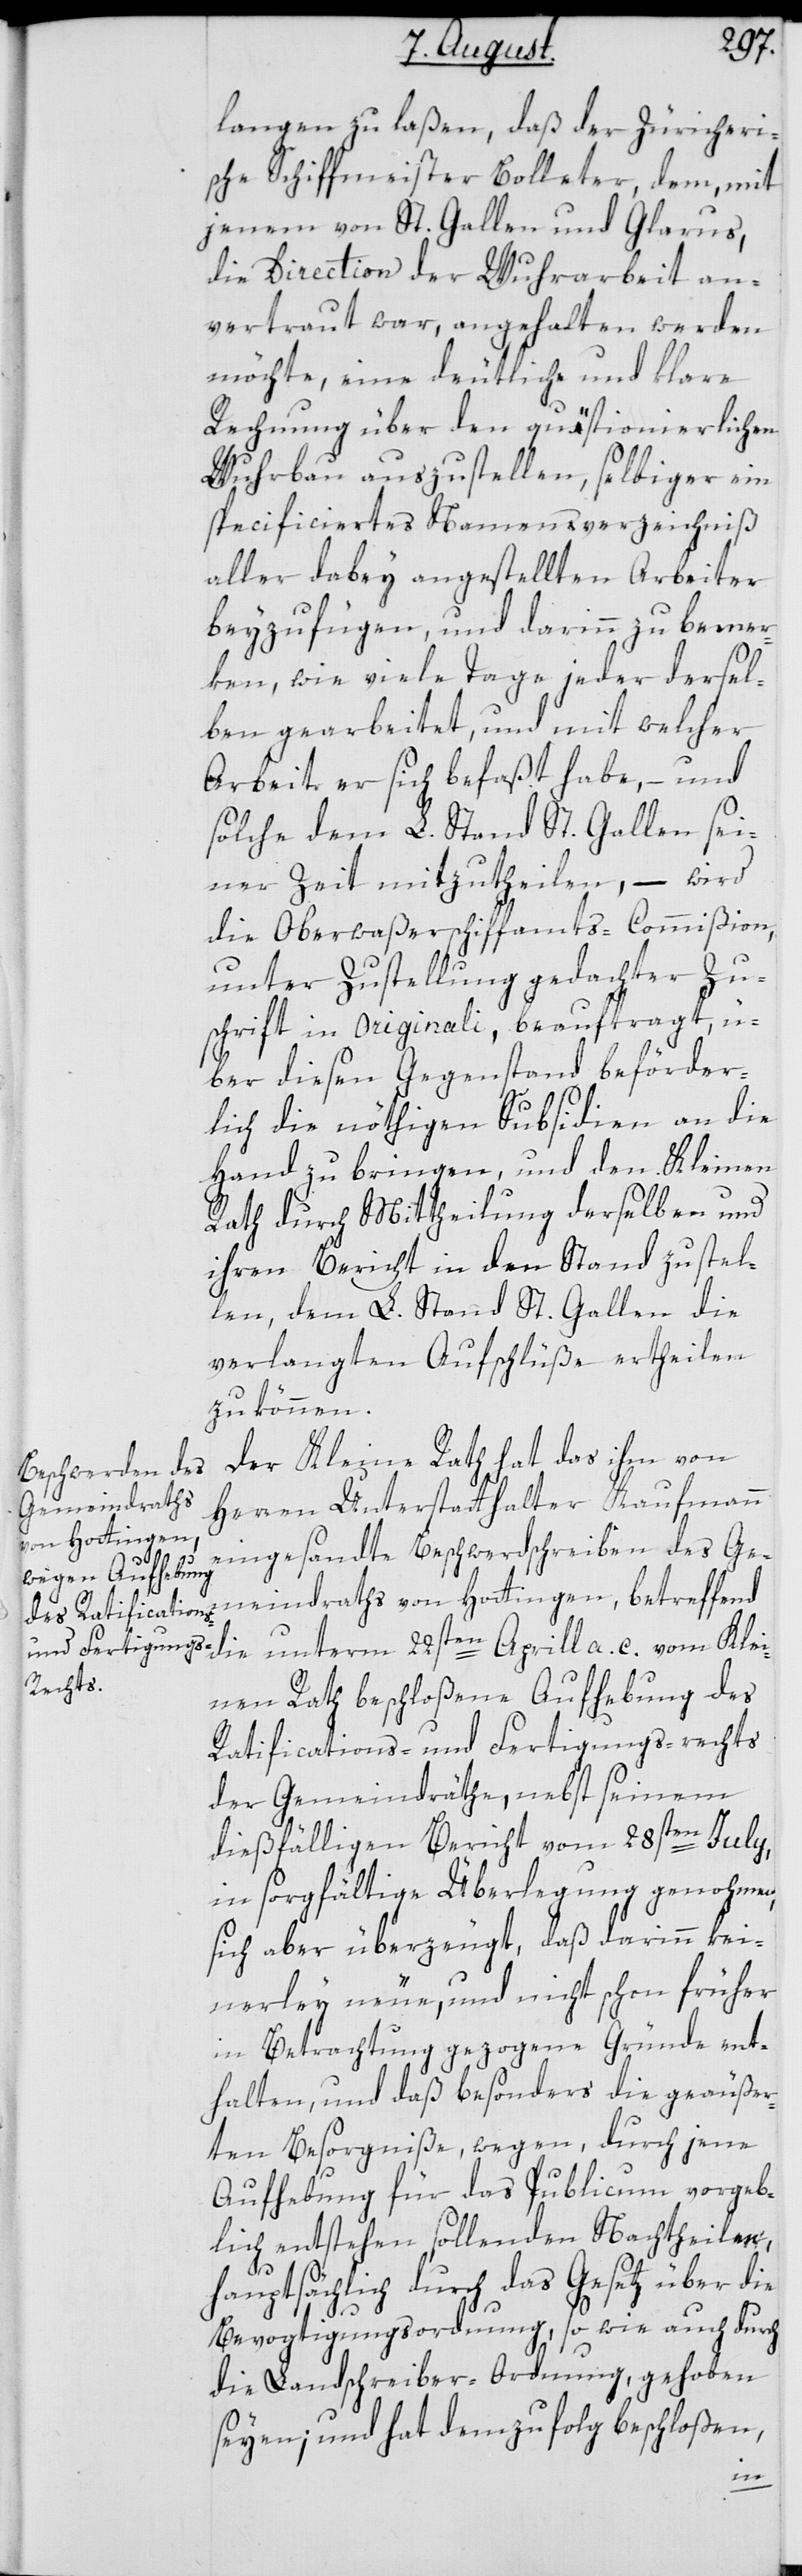
langen zu laßen, daß der Zürcheri¬
sche Schiffmeister Bolleter, dem, mit
jenem von St. Gallen und Glarus,
die Direction der Wuhrarbeit an¬
vertraut war, angehalten werden
möchte, eine deutliche und klare
Rechnung über den quästionierlichen
Wuhrbau auszustellen, selbiger ein
specificiertes Namensverzeichniß
aller dabey angestellten Arbeiter
beyzufügen, und darinn zu bemer¬
ken, wie viele Tage jeder dersel¬
ben gearbeitet und mit welcher
Arbeit er sich befaßt habe, – und
solche dem L. Stand St. Gallen sei¬
ner Zeit mitzutheilen, – wird
der Oberwaßerschiffamts-Commißion,
unter Zustellung gedachter Zu¬
schrift in Originali, beauftragt, ü¬
ber diesen Gegenstand beförder¬
lich die nöthigen Subsidien an die
Hand zu bringen, und den Kleinen
Rath durch Mittheilung derselben und
ihren Bericht in den Stand zu stel¬
len, dem L. Stand St. Gallen die
verlangten Aufschlüße ertheilen
zu können.
Der Kleine Rath hat das ihm von
Herren Unterstatthalter Kaufmann
eingesandte Beschwerdschreiben des Ge¬
meindraths von Hottingen, betreffend
die unterm 22sten Aprill a. c. vom Klei¬
nen Rath beschloßene Aufhebung des
Ratifications- und Fertigungs-rechts
der Gemeindräthe, nebst seinem
dießfälligen Bericht vom 28sten July,
in sorgfältige Überlegung genohmen,
sich aber überzeugt, daß darinn kei¬
nerley neue, und nicht schon früher
in Betrachtung gezogene Gründe ent¬
halten, und daß besonders die geäußer¬
ten Besorgniße, wegen, durch jene
Aufhebung für das Publicum vorgeb¬
lich entstehen sollenden Nachtheilen,
hauptsächlich durch das Gesetz über die
Bevogtigungsordnung, so wie auch durch
die Landschreiber-Ordnung, gehoben
seyen; und hat demzufolge beschloßen,